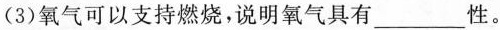
(3)氧气可以支持燃烧，说明氧气具有____性。